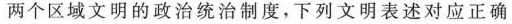
两个区域文明的政治统治制度，下列文明表述对应正确